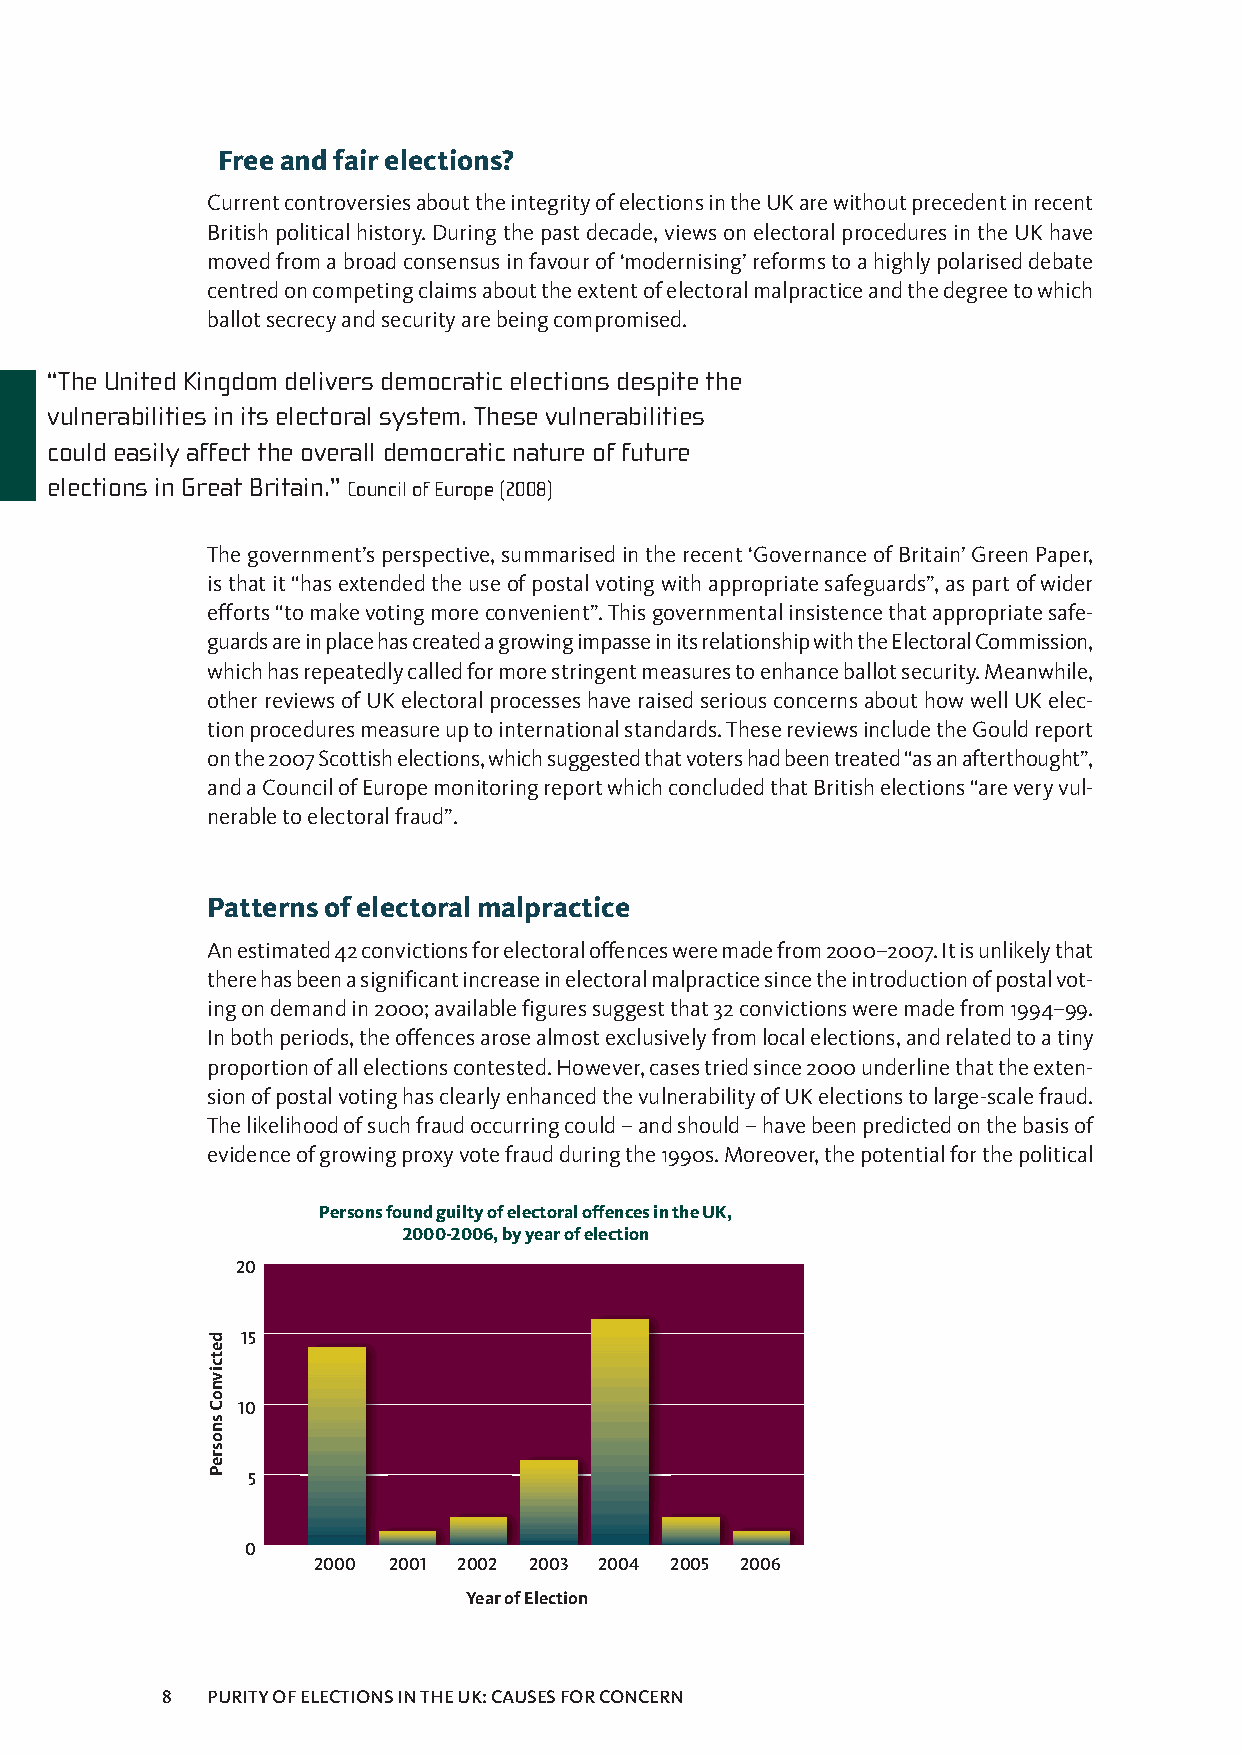
Freeandfairelections?
 CurrentcontroversiesabouttheintegrityofelectionsintheUKarewithoutprecedentinrecent
 Britishpoliticalhistory.Duringthepastdecade,viewsonelectoralproceduresintheUKhave
 movedfromabroadconsensusinfavourof‘modernising’reformstoahighlypolariseddebate
 centredoncompetingclaimsabouttheextentofelectoralmalpracticeandthedegreetowhich
 ballotsecrecyandsecurityarebeingcompromised.
 “The United Kingdom delivers democratic elections despite the
 vulnerabilities in its electoral system. These vulnerabilities
 could easily affect the overall democratic nature of future
 elections in Great Britain.” CouncilofEurope(2008)
 Thegovernment’sperspective,summarisedintherecent‘GovernanceofBritain’GreenPaper,
 isthatit“hasextendedtheuseofpostalvotingwithappropriatesafeguards”,aspartofwider
 efforts“tomakevotingmoreconvenient”.Thisgovernmentalinsistencethatappropriatesafe-
 guardsareinplacehascreatedagrowingimpasseinitsrelationshipwiththeElectoralCommission,
 whichhasrepeatedlycalledformorestringentmeasurestoenhanceballotsecurity.Meanwhile,
 otherreviewsofUKelectoralprocesseshaveraisedseriousconcernsabouthowwellUKelec-
 tionproceduresmeasureuptointernationalstandards.ThesereviewsincludetheGouldreport
 onthe2007Scottishelections,whichsuggestedthatvotershadbeentreated“asanafterthought”,
 andaCouncilofEuropemonitoringreportwhichconcludedthatBritishelections“areveryvul-
 nerabletoelectoralfraud”.
 Patternsofelectoralmalpractice
 Anestimated42convictionsforelectoraloffencesweremadefrom2000–2007.Itisunlikelythat
 therehasbeenasignificantincreaseinelectoralmalpracticesincetheintroductionofpostalvot-
 ingondemandin2000;availablefiguressuggestthat32convictionsweremadefrom1994–99.
 Inbothperiods,theoffencesarosealmostexclusivelyfromlocalelections,andrelatedtoatiny
 proportionofallelectionscontested.However,casestriedsince2000underlinethattheexten-
 sionofpostalvotinghasclearlyenhancedthevulnerabilityofUKelectionstolarge-scalefraud.
 Thelikelihoodofsuchfraudoccurringcould–andshould–havebeenpredictedonthebasisof
 evidenceofgrowingproxyvotefraudduringthe1990s.Moreover,thepotentialforthepolitical
 PersonsfoundguiltyofelectoraloffencesintheUK,
 2000-2006,byyearofelection
 20
 15
 10
 5
 0
 2000 2001 2002 2003 2004 2005 2006
 YearofElection
 8  PURITYOFELECTIONSINTHEUK:CAUSESFORCONCERN
 detcivnoCsnosreP